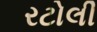
રટોલી